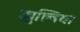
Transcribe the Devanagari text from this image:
झुल्बिया